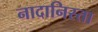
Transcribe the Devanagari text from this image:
नादानिस्ता